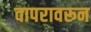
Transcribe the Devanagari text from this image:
वापरावरून